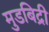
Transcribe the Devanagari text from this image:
मुडबिद्री